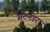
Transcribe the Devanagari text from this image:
सैंटनडर